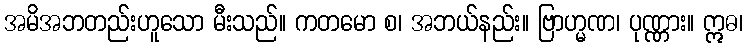
အမိအဘတည်းဟူသော မီးသည်။ ကတမော စ၊ အဘယ်နည်း။ ဗြာဟ္မဏ၊ ပုဏ္ဏား။ ဣဓ၊